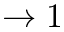
\rightarrow 1